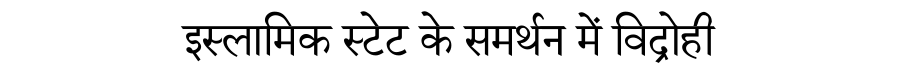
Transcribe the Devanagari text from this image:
इस्लामिक स्टेट के समर्थन में विद्रोही